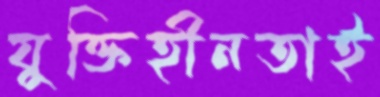
যুক্তিহীনতাই